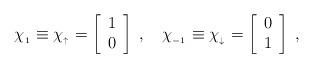
LaTeX: \begin{align*}\chi_{_1} \equiv \chi_{_\uparrow} = \left[ \begin{array}{c} 1 \\ 0 \end{array} \right] \; , \quad \chi_{_{-1}} \equiv \chi_{_\downarrow} = \left[ \begin{array}{c} 0 \\ 1 \end{array} \right] \; ,\end{align*}